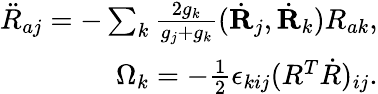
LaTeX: \begin{array}{r}{\ddot{R}_{aj}=-\sum_{k}\frac{2g_{k}}{g_{j}+g_{k}}(\dot{\mathbf R}_{j},\dot{\mathbf R}_{k})R_{ak},}\\ {\Omega_{k}=-\frac 12\epsilon_{kij}(R^{T}\dot{R})_{ij}.}\end{array}